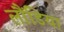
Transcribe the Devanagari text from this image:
लौंडिया